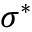
\boldsymbol { \sigma } ^ { \ast }